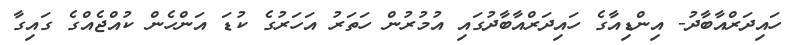
ހައިދަރްއާބާދު- އިންޑިއާގެ ހައިދަރްއާބާދުގައި އުމުރުން ހަތަރު އަހަރުގެ ކުޑަ އަންހެން ކުއްޖެއްގެ ގައިގާ